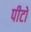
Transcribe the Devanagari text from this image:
पीटो